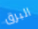
البرق